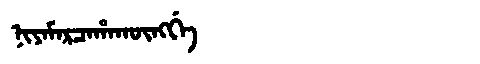
Manchu: ᠨᡳᠶᠠᠮᠠᡵᠴᠠᡥᠠᡴᡡᠩᡤᡝ
Romanization: NIYAMARCAHAKŪNGGE